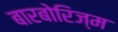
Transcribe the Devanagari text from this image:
बारबोरिज्म